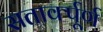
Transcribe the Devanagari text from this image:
सतार्क्पूर्ण